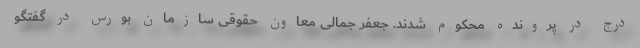
درج در پرونده محکوم شدند. جعفر جمالی معاون حقوقی سازمان بورس در گفتگو